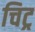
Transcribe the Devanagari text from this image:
चिट्र